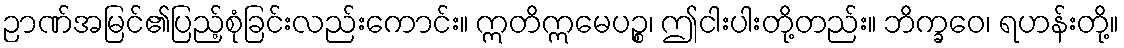
ဉာဏ်အမြင်၏ပြည့်စုံခြင်းလည်းကောင်း။ ဣတိဣမေပဉ္စ၊ ဤငါးပါးတို့တည်း။ ဘိက္ခဝေ၊ ရဟန်းတို့။